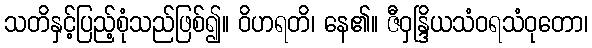
သတိနှင့်ပြည့်စုံသည်ဖြစ်၍။ ဝိဟရတိ၊ နေ၏။ ဇီဝှန္ဒြိယသံဝရသံဝုတော၊